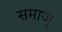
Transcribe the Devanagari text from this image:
समाज्